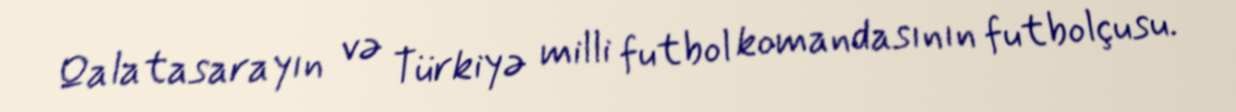
Qalatasarayın və Türkiyə milli futbol komandasının futbolçusu.